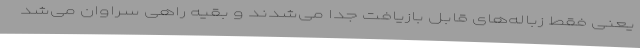
یعنی فقط زباله‌های قابل بازیافت جدا می‌شدند و بقیه راهی سراوان می‌شد